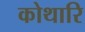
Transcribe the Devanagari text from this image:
कोथारि